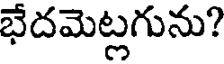
భేదమెట్లగును?